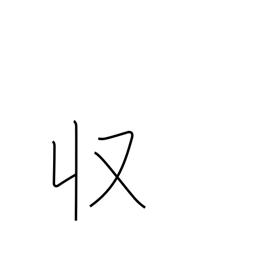
Meaning: income